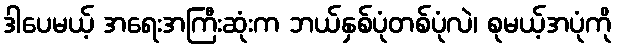
ဒါပေမယ့် အရေးအကြီးဆုံးက ဘယ်နှစ်ပုံတစ်ပုံလဲ၊ စုမယ့်အပုံကို